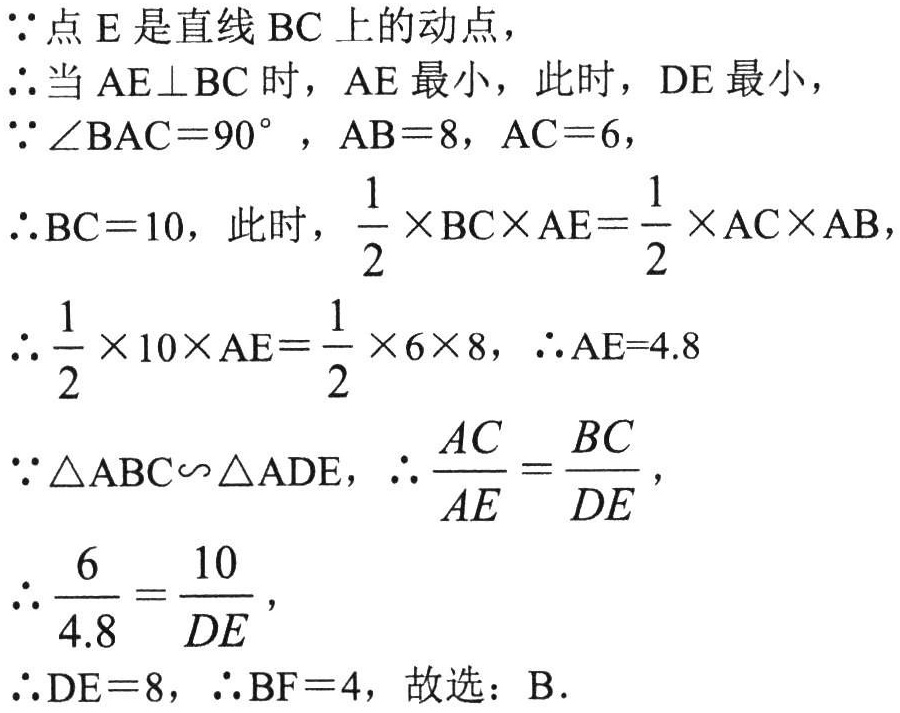
$\because$点$E$是直线$BC$上的动点，

$\therefore$当$AE\perp BC$时，$AE$最小，此时，$DE$最小，

$\because \angle BAC = 90^{\circ}$，$AB = 8$，$AC = 6$，

$\therefore BC = 10$，此时，$\frac{1}{2}\times BC\times AE=\frac{1}{2}\times AC\times AB$，

$\therefore \frac{1}{2}\times 10\times AE=\frac{1}{2}\times 6\times 8$，$\therefore AE = 4.8$

$\because \triangle ABC\backsim\triangle ADE$，$\therefore \frac{AC}{AE}=\frac{BC}{DE}$，

$\therefore \frac{6}{4.8}=\frac{10}{DE}$，

$\therefore DE = 8$，$\therefore BF = 4$，故选：B．